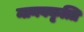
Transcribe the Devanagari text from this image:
मानवकृत्ति